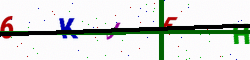
Text: 6KJEH